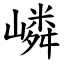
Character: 嶙